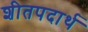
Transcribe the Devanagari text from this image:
शीतपदार्थ